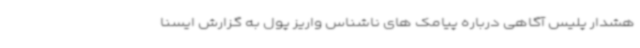
هشدار پلیس آگاهی درباره پیامک های ناشناس واریز پول به گزارش ایسنا